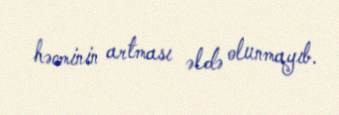
həcminin artması əldə olunmayıb.